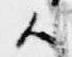
候